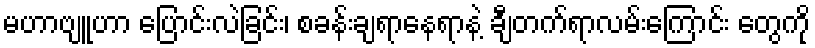
မဟာဗျူဟာ ပြောင်းလဲခြင်း၊ စခန်းချရာနေရာနဲ့ ချီတက်ရာလမ်းကြောင်း တွေကို